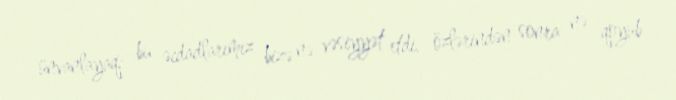
ünvanlayaq: bu əcdadlarımız bizə nə vəsiyyət etdi, özlərindən sonra nə qoyub